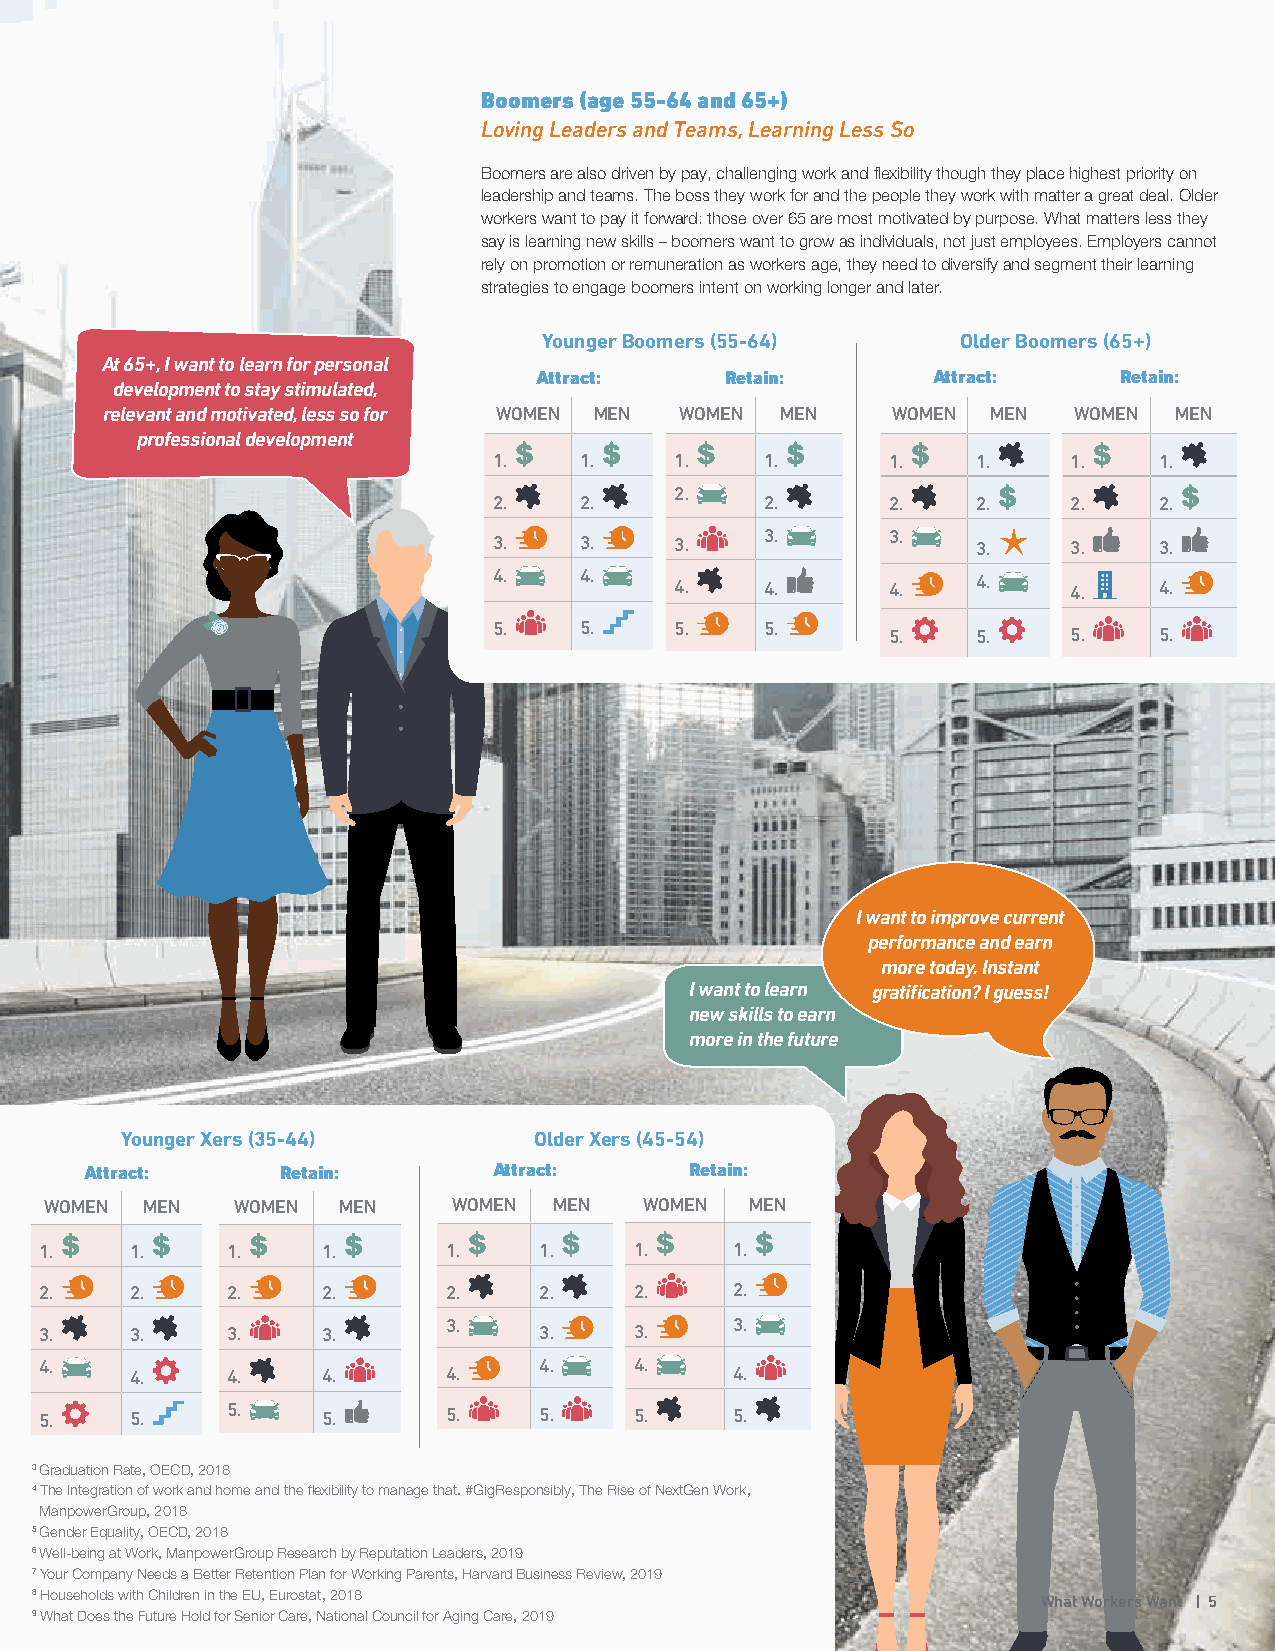
Boomers (age 55-64 and 65+)
 Loving Leaders and Teams, Learning Less So
 Boomers are also driven by pay, challenging work and flexibility though they place highest priority on
 leadership and teams. The boss they work for and the people they work with matter a great deal. Older
 workers want to pay it forward: those over 65 are most motivated by purpose. What matters less they
 say is learning new skills – boomers want to grow as individuals, not just employees. Employers cannot
 rely on promotion or remuneration as workers age, they need to diversify and segment their learning
 strategies to engage boomers intent on working longer and later.
 Younger Boomers (55-64)     Older Boomers (65+)
 At 65+, I want to learn for personal
 Attract:     Retain:       Attract:    Retain:
 development to stay stimulated,
 relevant and motivated, less so for WOMEN MEN WOMEN MEN WOMEN MEN WOMEN MEN
 professional development
 1.   1.     1.    1.      1.    1.    1.    1.
 2.
 2.   2.           2.      2.    2.    2.    2.
 3.      3.
 3.   3.     3.                  3.    3.    3.
 4.   4.     4.    4.      4.    4.    4.    4.
 5.   5.     5.    5.      5.    5.    5.    5.
 I want to improve current
 performance and earn
 more today. Instant
 I want to learn gratification? I guess!
 new skills to earn
 more in the future
 Younger Xers (35-44)       Older Xers (45-54)
 Attract:     Retain:       Attract:     Retain:
 WOMEN MEN    WOMEN MEN     WOMEN  MEN   WOMEN  MEN
 1.    1.    1.    1.       1.    1.    1.     1.
 2.    2.    2.    2.       2.    2.    2.     2.
 3.                 3.
 3.    3.    3.    3.             3.    3.
 4.    4.    4.    4.       4.    4.    4.     4.
 5.    5.    5.    5.       5.    5.    5.     5.
 3 Graduation Rate, OECD, 2018
 4 The Integration of work and home and the flexibility to manage that. #GigResponsibly, The Rise of NextGen Work,
 ManpowerGroup, 2018
 5 Gender Equality, OECD, 2018
 6 Well-being at Work, ManpowerGroup Research by Reputation Leaders, 2019
 7 Your Company Needs a Better Retention Plan for Working Parents, Harvard Business Review, 2019
 8 Households with Children in the EU, Eurostat, 2018               What Workers Want | 5
 9 What Does the Future Hold for Senior Care, National Council for Aging Care, 2019